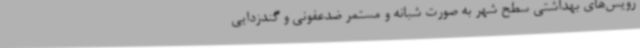
رویس‌های بهداشتی سطح شهر به صورت شبانه و مستمر ضدعفونی و گندزدایی